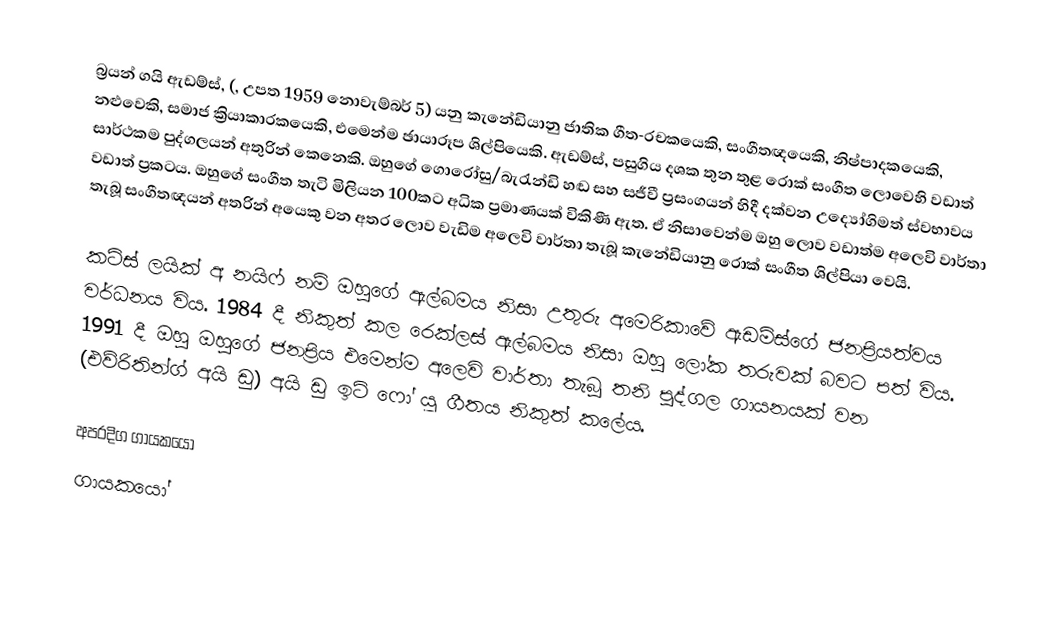
බ්‍රයන් ගයි ඇඩම්ස්, (, උපත 1959 නොවැම්බර් 5) යනු කැනේඩියානු ජාතික ගීත-රචකයෙකි, සංගීතඥයෙකි, නිෂ්පාදකයෙකි, නළුවෙකි, සමාජ ක්‍රියාකාරකයෙකි, එමෙන්ම ඡායාරූප ශිල්පියෙකි. ඇඩම්ස්, පසුගිය දශක තුන තුළ රොක් සංගීත ලොවෙහි වඩාත් සාර්ථකම පුද්ගලයන් අතුරින් කෙනෙකි. ඔහුගේ ගොරෝසු/බැරැන්ඩි හඬ සහ සජීවී ප්‍රසංගයන් හිදී දක්වන උද්‍යෝගිමත් ස්වභාවය වඩාත් ප්‍රකටය. ඔහුගේ සංගීත තැටි මිලියන 100කට අධික ප්‍රමාණයක් විකිණී ඇත. ඒ නිසාවෙන්ම ඔහු ලොව වඩාත්ම අලෙවි වාර්තා තැබූ සංගීතඥයන් අතරින් අයෙකු වන අතර ලොව වැඩිම අලෙවි වාර්තා තැබූ කැනේඩියානු රොක් සංගීත ශිල්පියා වෙයි.

කට්ස් ලයික් අ නයිෆ් නම් ඔහුගේ ඇල්බමය නිසා උතුරු අමෙරිකාවේ ඇඩම්ස්ගේ ජනප්‍රියත්වය වර්ධනය විය. 1984 දී නිකුත් කල රෙක්ලස් ඇල්බමය නිසා ඔහු ලෝක තරුවක් බවට පත් විය.  1991 දී ඔහු ඔහුගේ ජනප්‍රිය එමෙන්ම අලෙවි වාර්තා තැබූ තනි පුද්ගල ගායනයක් වන (එව්රිතින්ග් අයි ඩු) අයි ඩු ඉට් ෆෝ යූ ගීතය නිකුත් කලේය.

අපරදිග ගායකයෝ
ගායකයෝ